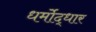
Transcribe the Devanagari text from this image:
धर्मोद्धार